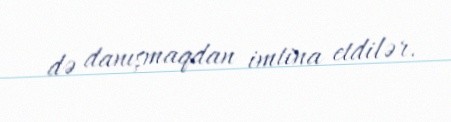
də danışmaqdan imtina etdilər.